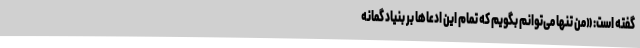
گفته است: «من تنها می‌توانم بگویم که تمام این ادعاها بر بنیاد گمانه